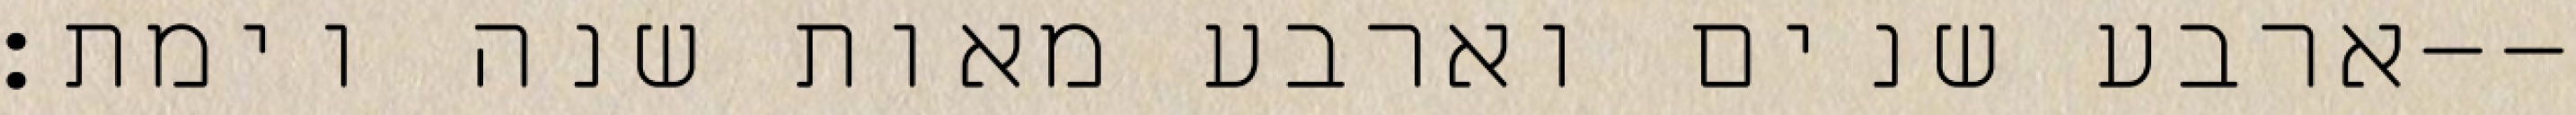
ארבע שנים וארבע מאות שנה וימת׃--